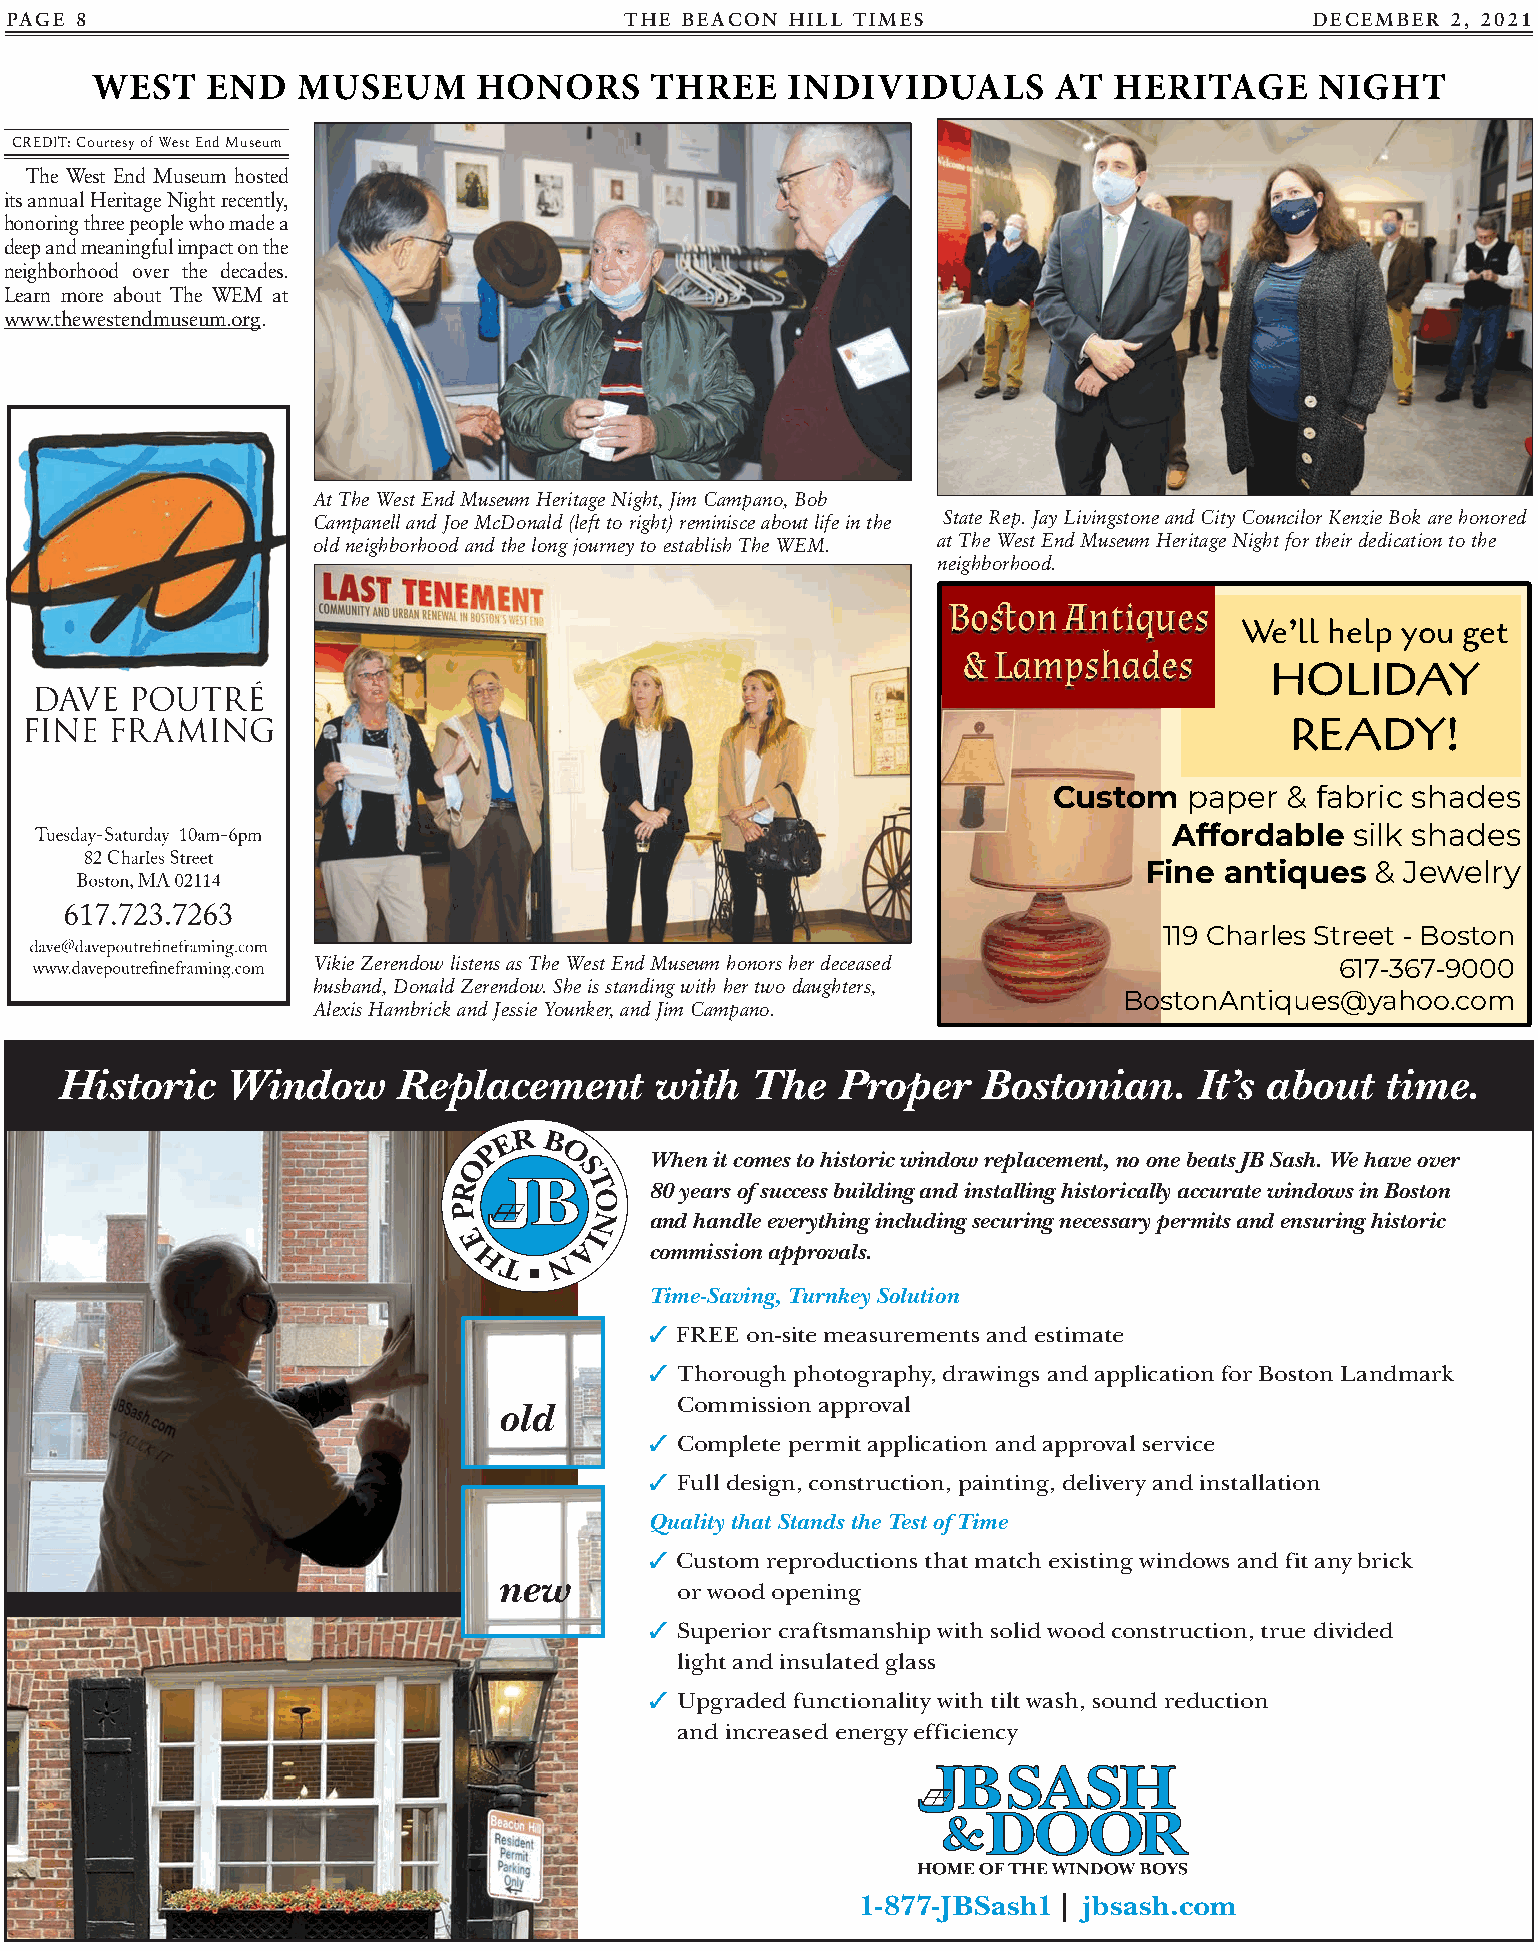
PAGE 8                                   THE BEACON HILL TIMES                         DEcEmbEr 2, 2021
 WEST    END   MUSEUM      HONORS     THREE    INDIVIDUALS       AT  HERITAGE     NIGHT
 CREDIT: Courtesy of West End Museum
 The West End Museum hosted
 its annual Heritage Night recently,
 honoring three people who made a
 deep and meaningful impact on the
 neighborhood over the decades.
 Learn more about The WEM at
 www.thewestendmuseum.org.
 At The West End Museum Heritage Night, Jim Campano, Bob
 Campanell and Joe McDonald (left to right) reminisce about life in the State Rep. Jay Livingstone and City Councilor Kenzie Bok are honored
 old neighborhood and the long journey to establish The WEM. at The West End Museum Heritage Night for their dedication to the
 neighborhood.
 Boston  Antiques
 We’ll help you get
 & Lampshades
 HOLIDAY
 READY!
 Custom   paper & fabric shades
 Affordable  silk shades
 Fine antiques  & Jewelry
 119 Charles Street - Boston
 Vikie Zerendow listens as The West End Museum honors her deceased   617-367-9000
 husband, Donald Zerendow. She is standing with her two daughters,
 BostonAntiques@yahoo.com
 Alexis Hambrick and Jessie Younker, and Jim Campano.
 Historic   Window     Replacement      with   The  Proper    Bostonian.    It’s about   time.
 When it comes to historic window replacement, no one beats JB Sash. We have over
 80 years of success building and installing historically accurate windows in Boston
 and handle everything including securing necessary permits and ensuring historic
 commission approvals.
 Time-Saving, Turnkey Solution
 3 FREE on-site measurements and estimate
 3 Thorough photography, drawings and application for Boston Landmark
 old         Commission approval
 3 Complete permit application and approval service
 3 Full design, construction, painting, delivery and installation
 Quality that Stands the Test of Time
 3 Custom reproductions that match existing windows and fit any brick
 new
 or wood opening
 3 Superior craftsmanship with solid wood construction, true divided
 light and insulated glass
 3 Upgraded functionality with tilt wash, sound reduction
 and increased energy efficiency
 1-877-JBSash1 | jbsash.com